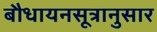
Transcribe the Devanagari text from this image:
बौधायनसूत्रानुसार